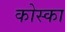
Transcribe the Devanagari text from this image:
कोस्का